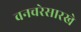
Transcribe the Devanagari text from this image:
वनचरेसारखे